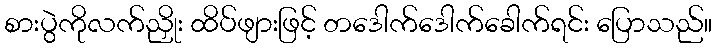
စားပွဲကိုလက်ညှိုး ထိပ်ဖျားဖြင့် တဒေါက်ဒေါက်ခေါက်ရင်း ပြောသည်။